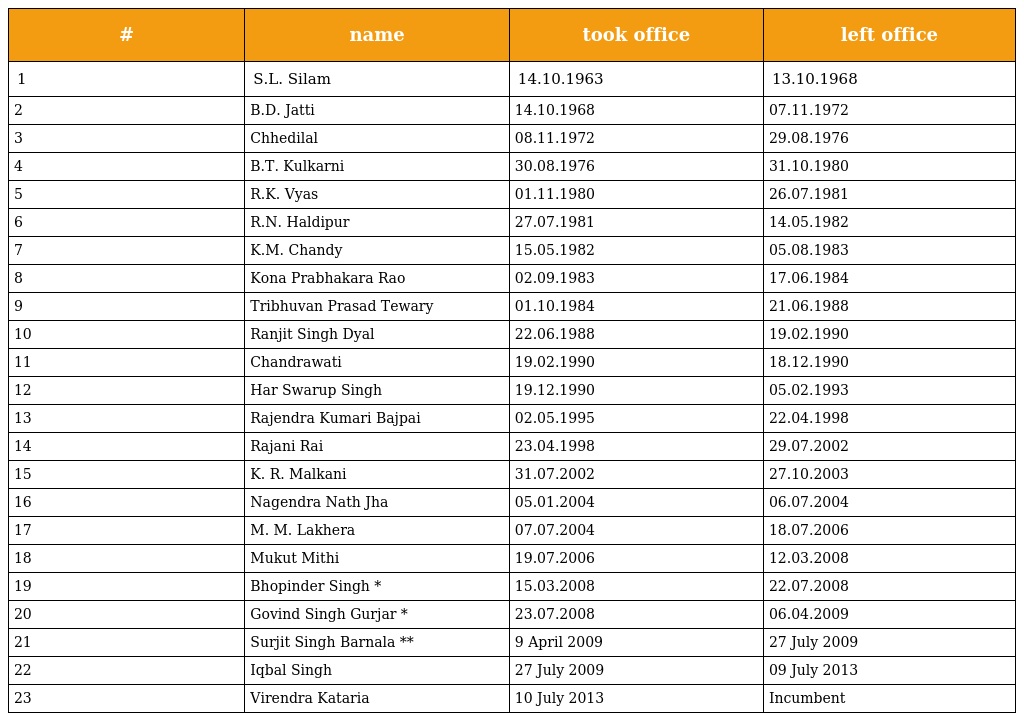
| # | name | took office | left office |
 | --- | --- | --- | --- |
 | 1 | S.L. Silam | 14.10.1963 | 13.10.1968 |
 | 2 | B.D. Jatti | 14.10.1968 | 07.11.1972 |
 | 3 | Chhedilal | 08.11.1972 | 29.08.1976 |
 | 4 | B.T. Kulkarni | 30.08.1976 | 31.10.1980 |
 | 5 | R.K. Vyas | 01.11.1980 | 26.07.1981 |
 | 6 | R.N. Haldipur | 27.07.1981 | 14.05.1982 |
 | 7 | K.M. Chandy | 15.05.1982 | 05.08.1983 |
 | 8 | Kona Prabhakara Rao | 02.09.1983 | 17.06.1984 |
 | 9 | Tribhuvan Prasad Tewary | 01.10.1984 | 21.06.1988 |
 | 10 | Ranjit Singh Dyal | 22.06.1988 | 19.02.1990 |
 | 11 | Chandrawati | 19.02.1990 | 18.12.1990 |
 | 12 | Har Swarup Singh | 19.12.1990 | 05.02.1993 |
 | 13 | Rajendra Kumari Bajpai | 02.05.1995 | 22.04.1998 |
 | 14 | Rajani Rai | 23.04.1998 | 29.07.2002 |
 | 15 | K. R. Malkani | 31.07.2002 | 27.10.2003 |
 | 16 | Nagendra Nath Jha | 05.01.2004 | 06.07.2004 |
 | 17 | M. M. Lakhera | 07.07.2004 | 18.07.2006 |
 | 18 | Mukut Mithi | 19.07.2006 | 12.03.2008 |
 | 19 | Bhopinder Singh * | 15.03.2008 | 22.07.2008 |
 | 20 | Govind Singh Gurjar * | 23.07.2008 | 06.04.2009 |
 | 21 | Surjit Singh Barnala ** | 9 April 2009 | 27 July 2009 |
 | 22 | Iqbal Singh | 27 July 2009 | 09 July 2013 |
 | 23 | Virendra Kataria | 10 July 2013 | Incumbent |